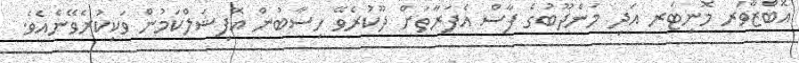
އޮބްޒާވަރ މޮނިޓަރ އަދި މަންދޫބުގެ ފާސް އެފަރާތަށް ދޫކުރެވޭ ހިސާބުން އޮފިޝަލްކަމުން ވަކިކުރެވޭނެއެވެ.